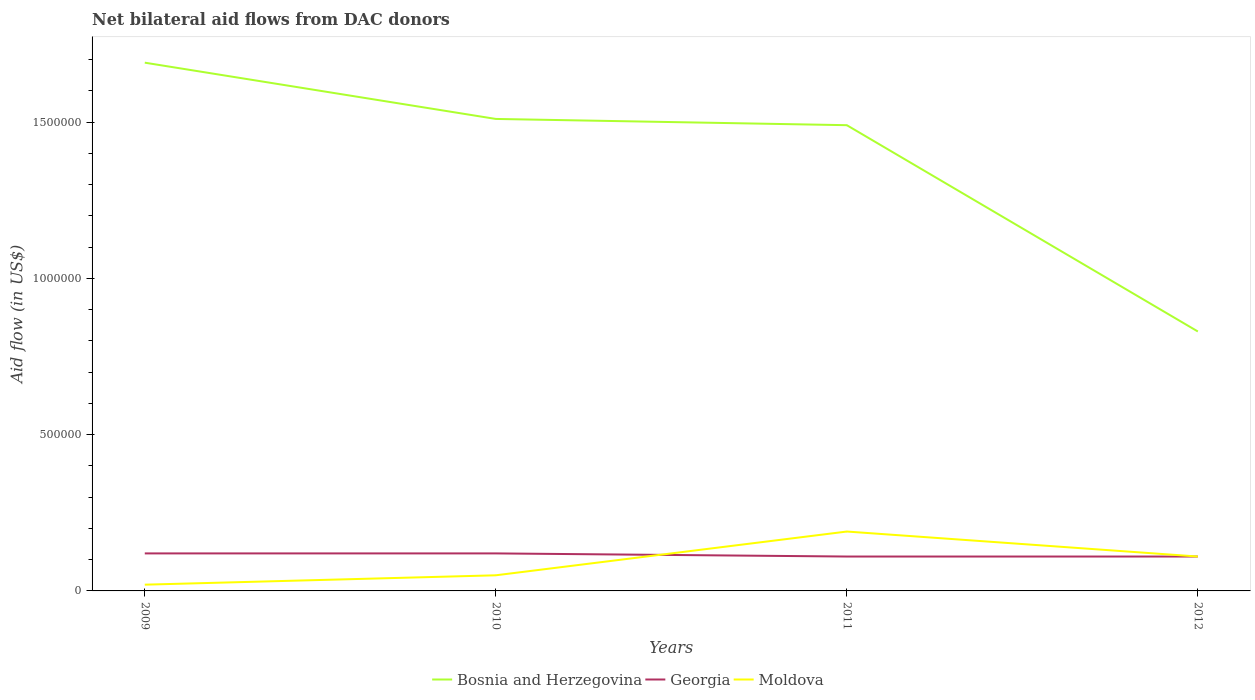
| Years | Bosnia and Herzegovina | Georgia | Moldova |
 | --- | --- | --- | --- |
 | 2009 | 1.69e+06 | 1.2e+05 | 2e+04 |
 | 2010 | 1.51e+06 | 1.2e+05 | 5e+04 |
 | 2011 | 1.49e+06 | 1.1e+05 | 1.9e+05 |
 | 2012 | 8.3e+05 | 1.1e+05 | 1.1e+05 |